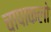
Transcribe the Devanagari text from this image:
चापाकलो